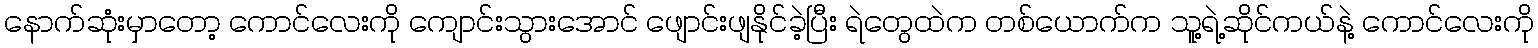
နောက်ဆုံးမှာတော့ ကောင်လေးကို ကျောင်းသွားအောင် ဖျောင်းဖျနိုင်ခဲ့ပြီး ရဲတွေထဲက တစ်ယောက်က သူ့ရဲ့ဆိုင်ကယ်နဲ့ ကောင်လေးကို